Scottish Leaving Certificate Examination, 1955
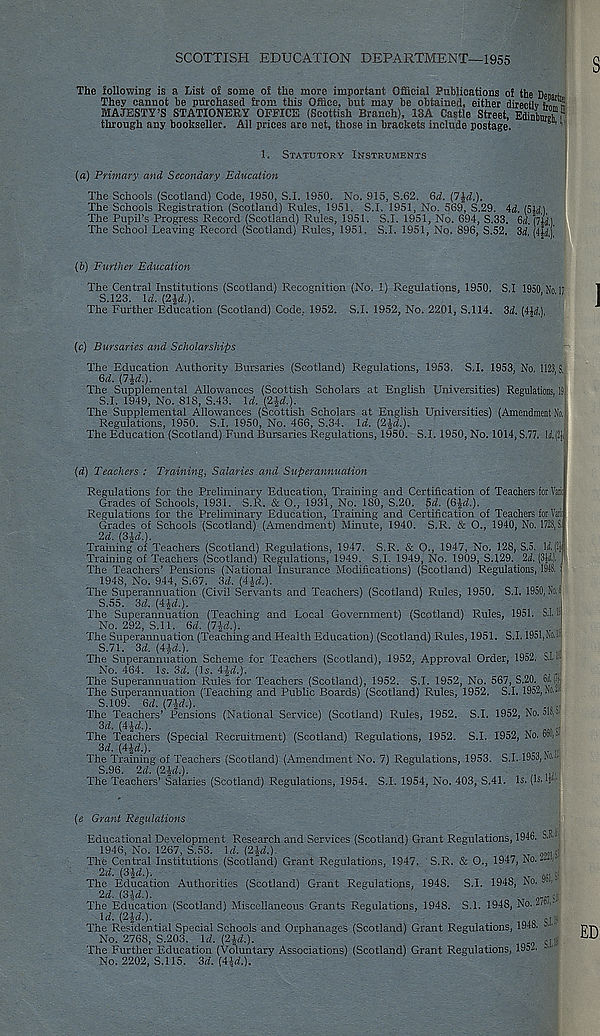
SCOTTISH EDUCATION DEPARTMENT-1955
The following is a List of some of the more important Official Publications of the Denari
They cannot be purchased from this Office, but may be obtained, either directlv £
MAJESTY’S STATIONEEY OFFICE (Scottish Branch), 13A Castle Street, EffinS "
through any bookseller. All prices are net, those in brackets include postage.
6 ' ’
1,
STATUTORY INSTRUMENTS
(a)
Primary and Secondary Education
The Schools (Scotland) Code, 1950, S.I. 1950. No. 915, S.62. Qd. (lid.).
The Schools Registration (Scotland) Rules, 1951. S.I. 1951, No. 569, S.29. id. (5yi
The Pupil’s Progress Record (Scotland) Rules, 1951. S.I. 1951, No. 694, S.33. (id. ril'd)
The School Leaving Record (Scotland) Rules, 1951. S.I. 1951, No. 896, S.52, 34, (.jyt
(b)
Further Education
The Central Institutions (Scotland) Recognition (No. 1) Regulations, 1950. S.I 1950 No 1;
S.123. Id. (2id.).
'
’ '
The Further Education (Scotland) Code, 1952. S.I. 1952, No. 2201, S.I 14. 34. (4J4.),
(c)
Bursaries and Scholarships
The Education Authority Bursaries (Scotland) Regulations, 1953. S.I. 1953, No. 1123, S
64. (lid.).
The Supplemental Allowances (Scottish Scholars at English Universities) Regulations, IS;
S.I. 1949, No. 818, S.43. 14. (2£4.).
The Supplemental Allowances (Scottish Scholars at English Universities) (Amendment So, i
Regulations, 1950. S.I. 1950, No. 466, S.34. 14. (2J4.).
The Education (Scotland) Fund Bursaries Regulations, 1950. S.I. 1950, No. 1014, S.77. li.(!|ji
(4) Teachers : Training, Salaries and Superannuation
Regulations for the Preliminary Education, Training and Certification of Teachers for Vaiii
Grades of Schools, 1931. S.R. & O., 1931, No. ISO, S.20. 54. (6i4.).
Regulations for the Preliminary Education, Training and Certification of Teachers for Vaii
Grades of Schools (Scotland) (Amendment) Minute, 1940. S.R. & O., 1940, No. 1728,S
24. (3£4.).
Training of Teachers (Scotland) Regulations, 1947. S.R. & O., 1947, No. 128, S.5. II(!]|
Training of Teachers (Scotland) Regulations, 1949. S.I. 1949, No. 1909, S.129. Id. (3|4 J
The Teachers’ Pensions (National Insurance Modifications) (Scotland) Regulations, 1918, s
1948, No. 944, S.67. 34. (414.).
The Superannuation (Civil Servants and Teachers) (Scotland) Rules, 1950. S.I. 1950,No.;
S.55. 34. (4J4.).
The Superannuation (Teaching and Local Government) (Scotland) Rules, 1951. S.I. 1;
No. 292, S.ll. 64. (71-4.).
The Superannuation (Teaching and Health Education) (Scotland) Rules, 1951. S.I. 1951, No. 1
S.71. 34. (41-4.).
The Superannuation Scheme for Teachers (Scotland), 1952, Approval Order, 1952. S.I,;
No. 464. Is. 34. (Is. 4^4.).
The Superannuation Rules for Teachers (Scotland), 1952. S.I. 1952, No. 567, S.20. 61 ij
The Superannuation (Teaching and Public Boards) (Scotland) Rules, 1952. S.I. 1952, No.-
S.109. 64.(714.)-
The Teachers’ Pensions (National Service) (Scotland) Rules, 1952. S.I. 1952, No. olop
34. (4£4.).
..
The Teachers (Special Recruitment) (Scotland) Regulations, 1952. S.I. 1952, No. 6»v
34. (4|4.).
.
The Training of Teachers (Scotland) (Amendment No. 7) Regulations, 1953. S.I. 1953, No.-
S.96. 24. (2£4.).
The Teachers’ Salaries (Scotland) Regulations, 1954. S.I. 1954, No. 403, S.41. Is. (Is. v
(e Grant Regulations
Educational Development Research and Services (Scotland) Grant Regulations, 1946. S.K.
1946, No. 1267, S.53. 14.(214.).
T
,
The Central Institutions (Scotland) Grant Regulations, 1947. S.R. & O., 1947, No. L- v
24. (3^4.).
' T ... (
The Education Authorities (Scotland) Grant Regulations, 1948. S.I. 1948, ho. • ■
24. (3|4.).
<;
The Education (Scotland) Miscellaneous Grants Regulations, 1948. S.I. 1948, No. 2/»i"
Id. ( 2 i4.).
M -.
The Residential Special Schools and Orphanages (Scotland) Grant Regulations, 1948. 8"-
No. 2768, S.203. 14. ( 2 i4.).
M-
The Further Education (Voluntary Associations) (Scotland) Grant Regulations, 195- -
No. 2202, S.I 15. 34. (4|4.).